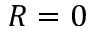
R = 0